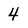
Character: 4